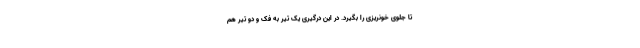
تا جلوی خونریزی را بگیرد. در این درگیری یک تیر به فک‌ و دو تیر هم